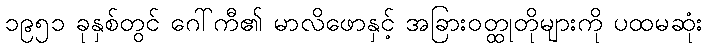
၁၉၅၁ ခုနှစ်တွင် ဂေါ်ကီ၏ မာလိဖောနှင့် အခြားဝတ္ထုတိုများကို ပထမဆုံး